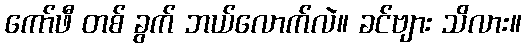
ကော်ဖီ တစ် ခွက် ဘယ်လောက်လဲ။ ခင်ဗျား သိလား။